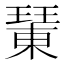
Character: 𤩘